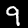
Label: 9